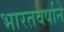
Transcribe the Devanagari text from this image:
भारतवर्षाने